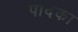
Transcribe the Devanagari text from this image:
पादका